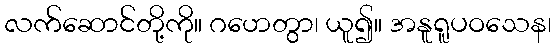
လက်ဆောင်တို့ကို။ ဂဟေတွာ၊ ယူ၍။ အနူရူပဝသေန၊